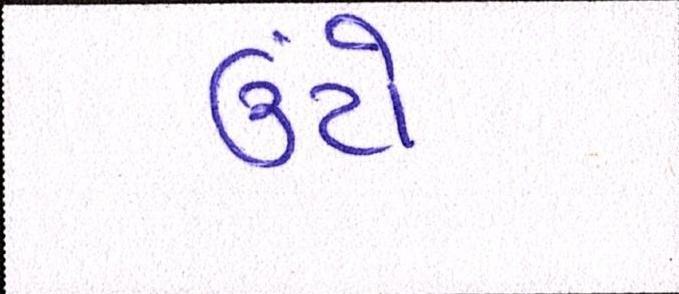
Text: ઉંટો